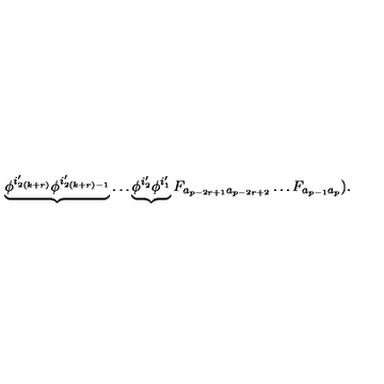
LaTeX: \underbrace { \phi ^ { i _ { 2 ( k + r ) } ^ { \prime } } \phi ^ { i _ { 2 ( k + r ) - 1 } ^ { \prime } } } \ldots \underbrace { \phi ^ { i _ { 2 } ^ { \prime } } \phi ^ { i _ { 1 } ^ { \prime } } } F _ { a _ { p - 2 r + 1 } a _ { p - 2 r + 2 } } \ldots F _ { a _ { p - 1 } a _ { p } } ) .